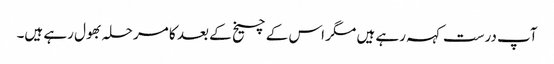
آپ درست کہہ رہے ہیں مگر اس کے چیخ کے بعد کا مرحلہ بھول رہے ہیں۔